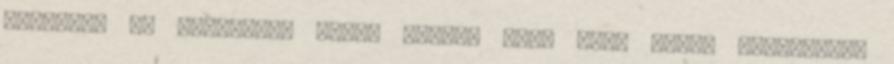
edzések. És szerinted nincs olyan, hogy néha arról álmodozik,